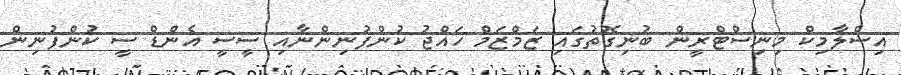
އިސްލާމިކް މިނިސްޓްރީން ބުނިގޮތުގައި ޒަމްޒަމް ހައްޖު ކުންފުނިންނާއި ސީސީ އެންޑް ސީ ކުންފުނިން